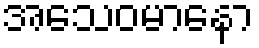
အသေဝမာနော